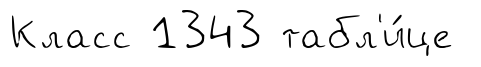
Класс 1343 табл'и́це